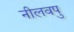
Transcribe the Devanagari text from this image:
नीलवपु